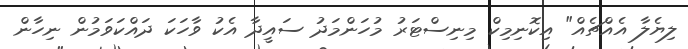
ލިޔެލާ އެއްޗެއް" އިކޮނިމިކް މިނިސްޓަރު މުހަންމަދު ސައީދާ އެކު ވާހަކަ ދައްކަވަމުން ނިހާން